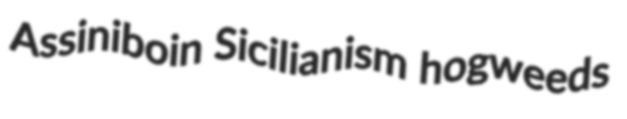
Assiniboin Sicilianism hogweeds